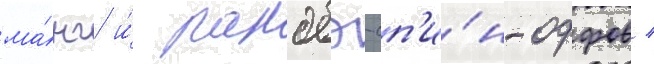
ма́нг и́ ранобэ-сп'и́н-оффов /